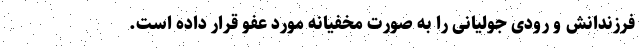
فرزندانش و رودی جولیانی را به صورت مخفیانه مورد عفو قرار داده است.